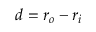
d = r _ { o } - r _ { i }